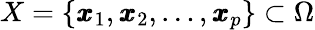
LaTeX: X=\{ \pmb{x}_{1},\pmb{x}_{2},\dots,\pmb{x}_{p}\} \subset\Omega